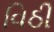
વિઠી